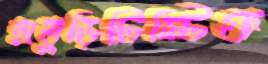
হাতুড়িটিস্টিফ